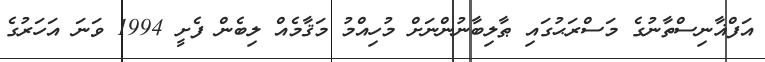
އަފްޣާނިސްތާނުގެ މަސްރަޙުގައި ޠާލިބާނުންނަށް މުހިއްމު މަޤާމެއް ލިބެން ފެށީ 1994 ވަނަ އަހަރުގެ